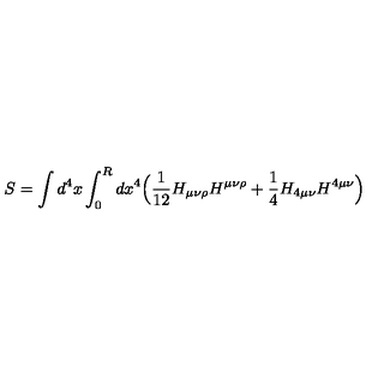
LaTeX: S = \int d ^ { 4 } x \int _ { 0 } ^ { R } d x ^ { 4 } \Bigl ( \frac { 1 } { 1 2 } H _ { \mu \nu \rho } H ^ { \mu \nu \rho } + \frac { 1 } { 4 } H _ { 4 \mu \nu } H ^ { 4 \mu \nu } \Bigr )